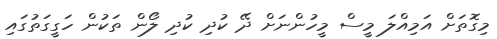
މިގޮތަށް އަމިއްލަ މީސް މީހުންނަށް ދޭ ކުދި ކުދި ލޯން ތަކުން ހަގީގަތުގައި